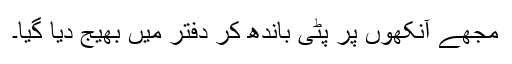
مجھے آنکھوں پر پٹّی باندھ کر دفتر میں بھیج دیا گیا۔